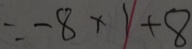
= - 8 \times 1 + 8